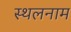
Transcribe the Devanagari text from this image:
स्थलनाम